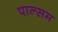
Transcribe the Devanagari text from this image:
पाल्सम